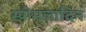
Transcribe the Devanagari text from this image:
स्पोमलादिन